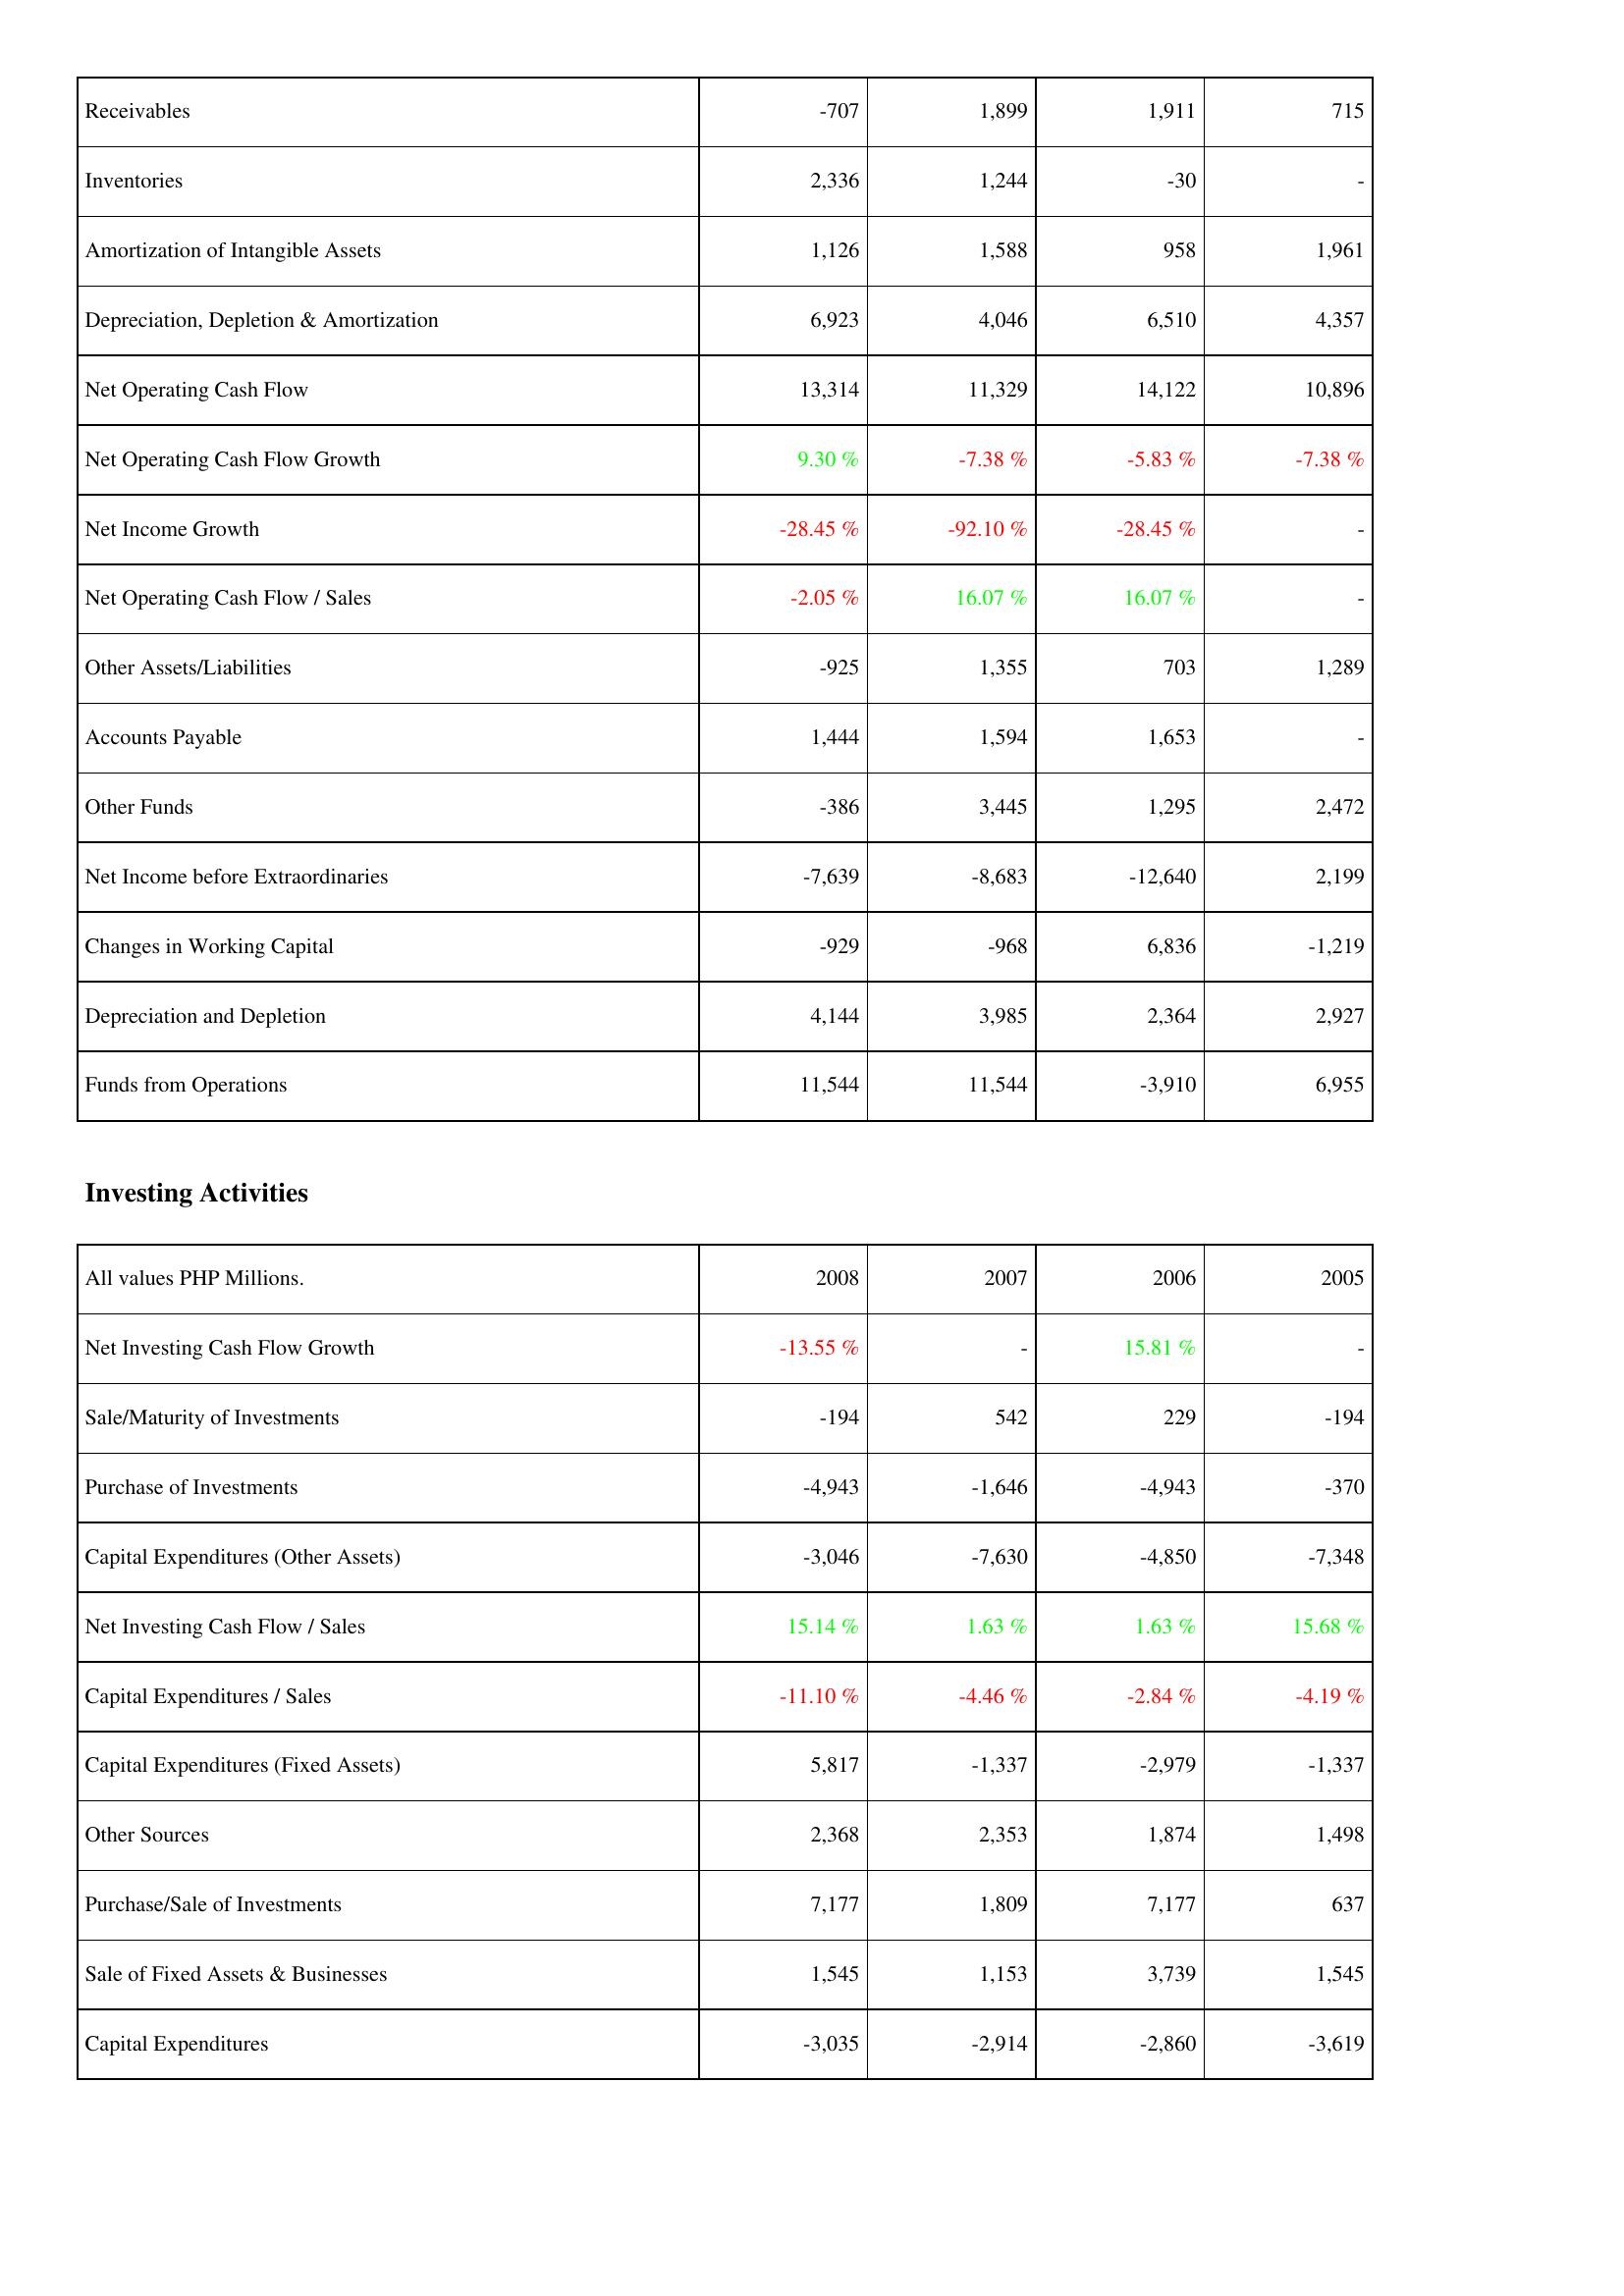
2008: Operating Activities: Receivables: -707
Inventories: 2,336
Amortization of Intangible Assets: 1,126
Depreciation, Depletion & Amortization: 6,923
Net Operating Cash Flow: 13,314
Net Operating Cash Flow Growth: 9.30 %
Net Income Growth: -28.45 %
Net Operating Cash Flow / Sales: -2.05 %
Other Assets/Liabilities: -925
Accounts Payable: 1,444
Other Funds: -386
Net Income before Extraordinaries: -7,639
Changes in Working Capital: -929
Depreciation and Depletion: 4,144
Funds from Operations: 11,544
Investing Activities: Net Investing Cash Flow Growth: -13.55 %
Sale/Maturity of Investments: -194
Purchase of Investments: -4,943
Capital Expenditures (Other Assets): -3,046
Net Investing Cash Flow / Sales: 15.14 %
Capital Expenditures / Sales: -11.10 %
Capital Expenditures (Fixed Assets): 5,817
Other Sources: 2,368
Purchase/Sale of Investments: 7,177
Sale of Fixed Assets & Businesses: 1,545
Capital Expenditures: -3,035
2007: Operating Activities: Receivables: 1,899
Inventories: 1,244
Amortization of Intangible Assets: 1,588
Depreciation, Depletion & Amortization: 4,046
Net Operating Cash Flow: 11,329
Net Operating Cash Flow Growth: -7.38 %
Net Income Growth: -92.10 %
Net Operating Cash Flow / Sales: 16.07 %
Other Assets/Liabilities: 1,355
Accounts Payable: 1,594
Other Funds: 3,445
Net Income before Extraordinaries: -8,683
Changes in Working Capital: -968
Depreciation and Depletion: 3,985
Funds from Operations: 11,544
Investing Activities: Net Investing Cash Flow Growth: -
Sale/Maturity of Investments: 542
Purchase of Investments: -1,646
Capital Expenditures (Other Assets): -7,630
Net Investing Cash Flow / Sales: 1.63 %
Capital Expenditures / Sales: -4.46 %
Capital Expenditures (Fixed Assets): -1,337
Other Sources: 2,353
Purchase/Sale of Investments: 1,809
Sale of Fixed Assets & Businesses: 1,153
Capital Expenditures: -2,914
2006: Operating Activities: Receivables: 1,911
Inventories: -30
Amortization of Intangible Assets: 958
Depreciation, Depletion & Amortization: 6,510
Net Operating Cash Flow: 14,122
Net Operating Cash Flow Growth: -5.83 %
Net Income Growth: -28.45 %
Net Operating Cash Flow / Sales: 16.07 %
Other Assets/Liabilities: 703
Accounts Payable: 1,653
Other Funds: 1,295
Net Income before Extraordinaries: -12,640
Changes in Working Capital: 6,836
Depreciation and Depletion: 2,364
Funds from Operations: -3,910
Investing Activities: Net Investing Cash Flow Growth: 15.81 %
Sale/Maturity of Investments: 229
Purchase of Investments: -4,943
Capital Expenditures (Other Assets): -4,850
Net Investing Cash Flow / Sales: 1.63 %
Capital Expenditures / Sales: -2.84 %
Capital Expenditures (Fixed Assets): -2,979
Other Sources: 1,874
Purchase/Sale of Investments: 7,177
Sale of Fixed Assets & Businesses: 3,739
Capital Expenditures: -2,860
2005: Operating Activities: Receivables: 715
Inventories: -
Amortization of Intangible Assets: 1,961
Depreciation, Depletion & Amortization: 4,357
Net Operating Cash Flow: 10,896
Net Operating Cash Flow Growth: -7.38 %
Net Income Growth: -
Net Operating Cash Flow / Sales: -
Other Assets/Liabilities: 1,289
Accounts Payable: -
Other Funds: 2,472
Net Income before Extraordinaries: 2,199
Changes in Working Capital: -1,219
Depreciation and Depletion: 2,927
Funds from Operations: 6,955
Investing Activities: Net Investing Cash Flow Growth: -
Sale/Maturity of Investments: -194
Purchase of Investments: -370
Capital Expenditures (Other Assets): -7,348
Net Investing Cash Flow / Sales: 15.68 %
Capital Expenditures / Sales: -4.19 %
Capital Expenditures (Fixed Assets): -1,337
Other Sources: 1,498
Purchase/Sale of Investments: 637
Sale of Fixed Assets & Businesses: 1,545
Capital Expenditures: -3,619